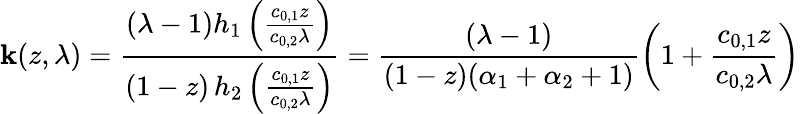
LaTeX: \mathbf{k}(z,\lambda)=\frac{{(\lambda-1)h_{1}\left(\frac{{c_{0,1}z}}{{c_{0,2}\lambda}}\right)}}{{(1-z)\, h_{2}\left(\frac{{c_{0,1}z}}{{c_{0,2}\lambda}}\right)}}=\frac{{(\lambda-1)}}{{(1-z)(\alpha_{1}+\alpha_{2}+1)}}\left(1+\frac{{c_{0,1}z}}{{c_{0,2}\lambda}}\right)